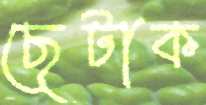
ছেটাক